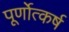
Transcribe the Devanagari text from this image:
पूर्णोत्कर्ष